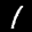
Label: 1